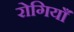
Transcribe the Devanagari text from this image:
रोगियाँ